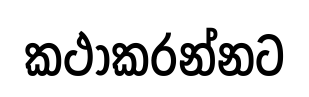
කථාකරන්නට